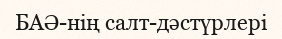
БАӘ-нiң салт-дәстүрлері